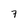
Character: 7